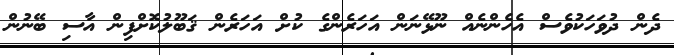
ދެން ދުވަހަކުވެސް އެހެންނެއް ނޫޅޭނަން އަހަރެންގެ ކުށް އަހަރެން ޤަބޫލުކޮށްފިން އާސި ބޭނުން